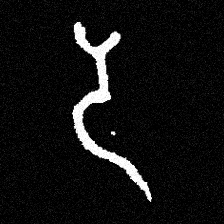
Pyu character \u2014 Myanmar letter: ဒ (romanized: da)